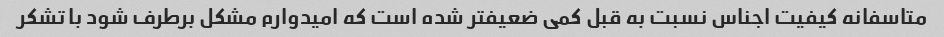
متاسفانه کیفیت اجناس نسبت به قبل کمی ضعیفتر شده است که امیدوارم مشکل برطرف شود با تشکر